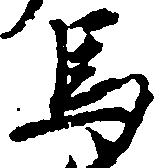
馬